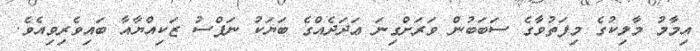
އިމާމު މާލިކުގެ މިފަތުވާގެ ސަބަބުން ވަރަށްގިނަ ޢަދަދެއްގެ ބަޔަކު ނަފްސު ޒަކިއްޔާއާ ބައިވެރިވިއެވެ.